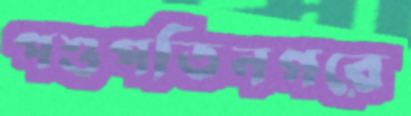
পশুপতিনগরে